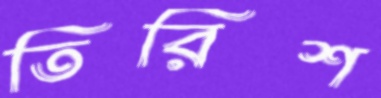
তিরিশ